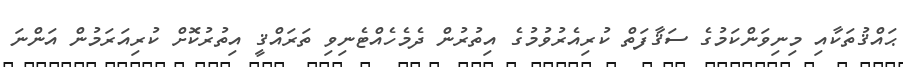
ޙައްޤުތަކާއި މިނިވަންކަމުގެ ސަޤާފަތް ކުރިއެރުވުމުގެ އިތުރުން ދެމެހެއްޓެނިވި ތަރައްޤީ އިތުރުކޮށް ކުރިއަރަމުން އަންނަ